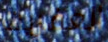
العفريت